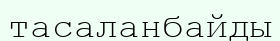
тасаланбайды